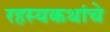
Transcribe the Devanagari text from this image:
रहस्यकथांचे